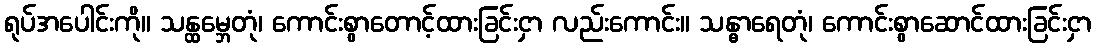
ရုပ်အပေါင်းကို။ သန္ထမ္ဘေတုံ၊ ကောင်းစွာတောင့်ထားခြင်းငှာ လည်းကောင်း။ သန္ဓာရေတုံ၊ ကောင်းစွာဆောင်ထားခြင်းငှာ